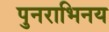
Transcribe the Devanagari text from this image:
पुनराभिनय